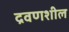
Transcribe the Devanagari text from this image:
द्रवणशील